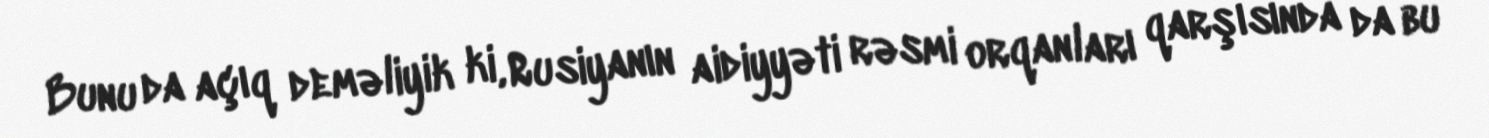
Bunu da açıq deməliyik ki, Rusiyanın aidiyyəti rəsmi orqanları qarşısında da bu